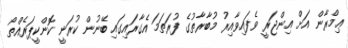
ޢިމްރާން އަށް އިންޖަރީ ވެފައިވާއިރު މުބާރާތުގެ ފުރަތަމަ އެގާރައިގައި ބޭނުން ކުރަނީ ކޮންކީޕަރެއްތޯ